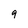
Character: 9